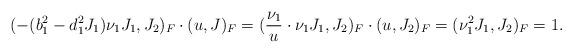
LaTeX: \begin{align*} (-(b_1^2 - d_1^2 J_1) \nu_1 J_1, J_2)_F \cdot (u, J)_F = (\frac{\nu_1}{u} \cdot \nu_1 J_1, J_2)_F \cdot (u, J_2)_F = (\nu_1^2 J_1, J_2)_F = 1.\end{align*}